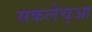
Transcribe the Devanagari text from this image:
सकलेच्आ